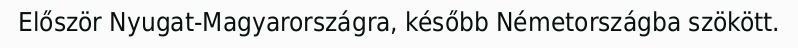
Először Nyugat-Magyarországra, később Németországba szökött.